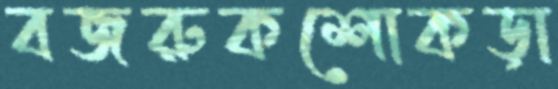
বজরুকশোকড়া